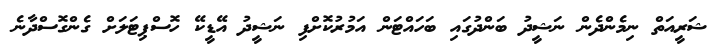
ޝަރީއަތް ނިމެންދެން ނަޝީދު ބަންދުގައި ބަހައްޓަން އަމުރުކޮށްފި ނަޝީދު އޭޑީކޭ ހޮސްޕިޓަލަށް ގެންގޮސްދާނެ